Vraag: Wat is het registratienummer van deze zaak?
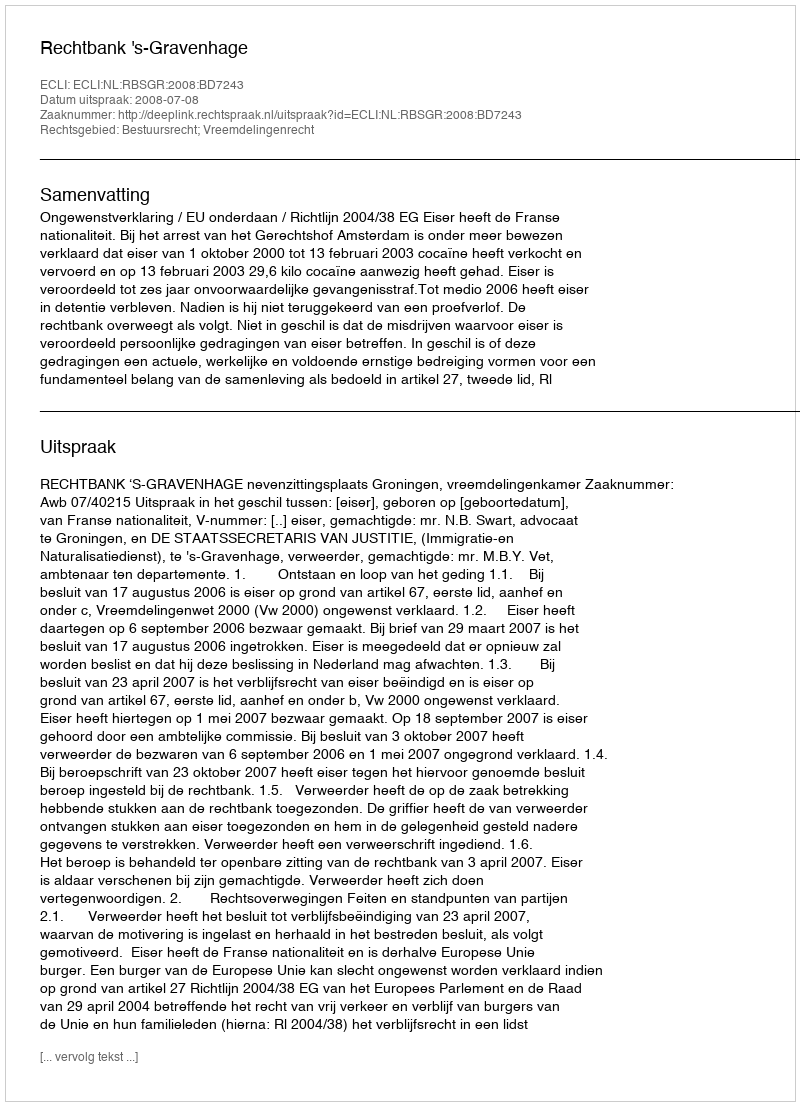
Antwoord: http://deeplink.rechtspraak.nl/uitspraak?id=ECLI:NL:RBSGR:2008:BD7243